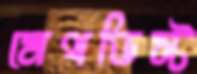
মেথডিস্ট